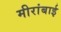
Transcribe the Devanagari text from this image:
मीरांबाई